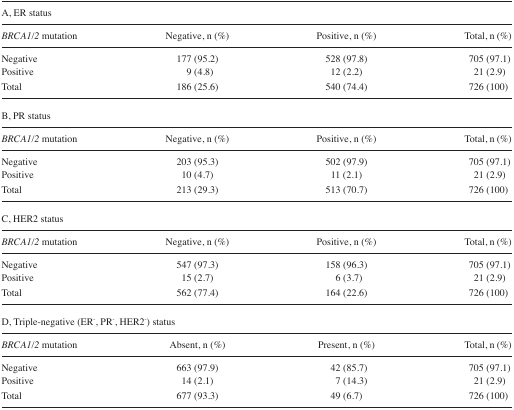
<table><thead><tr><td colspan="4"><b>A, ER status</b></td></tr><tr><td><b><i>BRCA1/2</i> mutation</b></td><td><b>Negative, n (%)</b></td><td><b>Positive, n (%)</b></td><td><b>Total, n (%)</b></td></tr></thead><tbody><tr><td>Negative</td><td>177 (95.2)</td><td>528 (97.8)</td><td>705 (97.1)</td></tr><tr><td>Positive</td><td>9 (4.8)</td><td>12 (2.2)</td><td>21 (2.9)</td></tr><tr><td>Total</td><td>186 (25.6)</td><td>540 (74.4)</td><td>726 (100)</td></tr><tr><td colspan="4">B, PR status</td></tr><tr><td><i>BRCA1/2</i> mutation</td><td>Negative, n (%)</td><td>Positive, n (%)</td><td>Total, n (%)</td></tr><tr><td>Negative</td><td>203 (95.3)</td><td>502 (97.9)</td><td>705 (97.1)</td></tr><tr><td>Positive</td><td>10 (4.7)</td><td>11 (2.1)</td><td>21 (2.9)</td></tr><tr><td>Total</td><td>213 (29.3)</td><td>513 (70.7)</td><td>726 (100)</td></tr><tr><td colspan="4">C, HER2 status</td></tr><tr><td><i>BRCA1/2</i> mutation</td><td>Negative, n (%)</td><td>Positive, n (%)</td><td>Total, n (%)</td></tr><tr><td>Negative</td><td>547 (97.3)</td><td>158 (96.3)</td><td>705 (97.1)</td></tr><tr><td>Positive</td><td>15 (2.7)</td><td>6 (3.7)</td><td>21 (2.9)</td></tr><tr><td>Total</td><td>562 (77.4)</td><td>164 (22.6)</td><td>726 (100)</td></tr><tr><td colspan="4">D, Triple-negative (ER<sup>−</sup>, PR<sup>−</sup>, HER2<sup>−</sup>) status</td></tr><tr><td><i>BRCA1/2</i> mutation</td><td>Absent, n (%)</td><td>Present, n (%)</td><td>Total, n (%)</td></tr><tr><td>Negative</td><td>663 (97.9)</td><td>42 (85.7)</td><td>705 (97.1)</td></tr><tr><td>Positive</td><td>14 (2.1)</td><td>7 (14.3)</td><td>21 (2.9)</td></tr><tr><td>Total</td><td>677 (93.3)</td><td>49 (6.7)</td><td>726 (100)</td></tr></tbody></table>